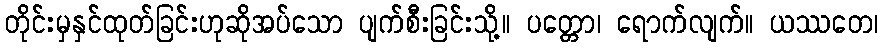
တိုင်းမှနှင်ထုတ်ခြင်းဟုဆိုအပ်သော ပျက်စီးခြင်းသို့။ ပတ္တော၊ ရောက်လျက်။ ယဿတေ၊